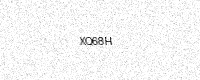
Text: XQ68H